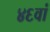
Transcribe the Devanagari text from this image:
४६वां